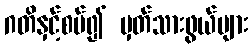
ဂတိနှင့်စပ်၍ မှတ်သားဖွယ်များ